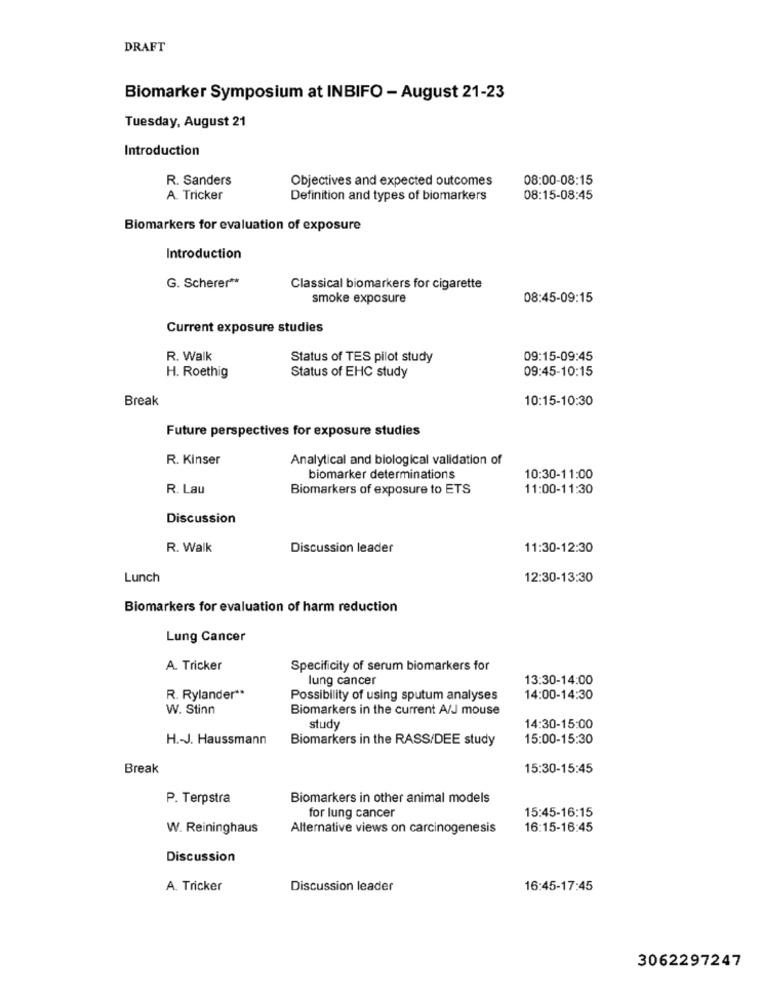
DRAFT
Biomarker Symposium at INBIFO - August 21-23
Tuesday, August 21
Introduction
R. Sanders
Objectives and expected outcomes
08:00-08:15
A. Tricker
Definition and types of biomarkers
08:15-08:45
Biomarkers for evaluation of exposure
Introduction
G. Scherer **
Classical biomarkers for cigarette
smoke exposure
08:45-09:15
Current exposure studies
R. Walk
Status of TES pilot study
09:15-09:45
09:45-10:15
H. Roethig
Status of EHC study
Break
10:15-10:30
Future perspectives for exposure studies
R. Kinser
Analytical and biological validation of
biomarker determinations
10:30-11:00
R. Lau
Biomarkers of exposure to ETS
11:00-11:30
Discussion
R. Walk
Discussion leader
11:30-12:30
Lunch
12:30-13:30
Biomarkers for evaluation of harm reduction
Lung Cancer
A. Tricker
Specificity of serum biomarkers for
lung cancer
13:30-14:00
R. Rylander **
Possibility of using sputum analyses
14:00-14:30
W. Stinn
Biomarkers in the current A/J mouse
study
14:30-15:00
H .- J. Haussmann
Biomarkers in the RASS/DEE study
15:00-15:30
Break
15:30-15:45
P. Terpstra
Biomarkers in other animal models
for lung cancer
15:45-16:15
W. Reininghaus
Alternative views on carcinogenesis
16:15-16:45
Discussion
A. Tricker
Discussion leader
16:45-17:45
3062297247